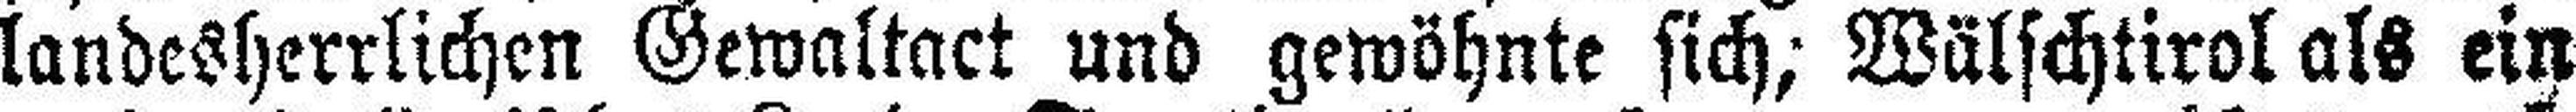
landesherrlichen Gewaltact und gewöhnte sich; Wälschtirol als ein